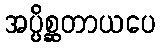
အပ္ပိစ္ဆတာယပေ